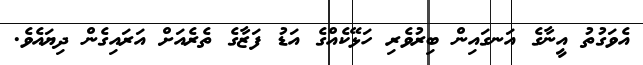
އެވަގުތު އީނާގެ އަނގައިން ބިރުވެރި ހަޅޭކެއްގެ އަޑު ފަޒާގެ ތެރެއަށް އަރައިގެން ދިޔައެވެ.